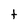
Character: t